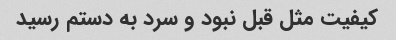
کیفیت مثل قبل نبود و سرد به دستم رسید